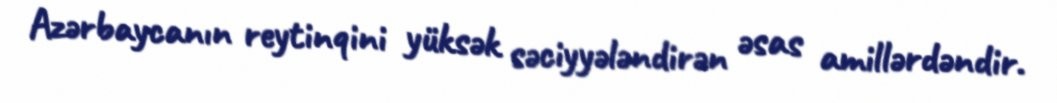
Azərbaycanın reytinqini yüksək səciyyələndirən əsas amillərdəndir.